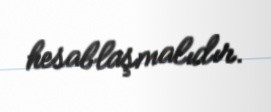
hesablaşmalıdır.